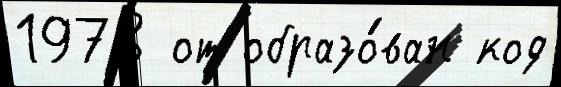
1978 от образо́ван код